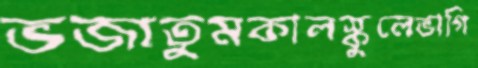
ভজাতুমকালস্কুলেভাগি